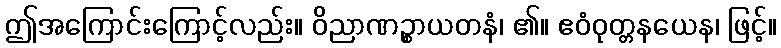
ဤအကြောင်းကြောင့်လည်း။ ဝိညာဏဉ္စာယတနံ၊ ၏။ ဧဝံဝုတ္တနယေန၊ ဖြင့်။